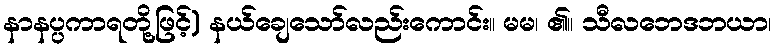
နာနပ္ပကာရတို့ဖြင့်) နယ်ချေသော်လည်းကောင်း။ မမ၊ ၏။ သီလဘေဒဘယာ၊